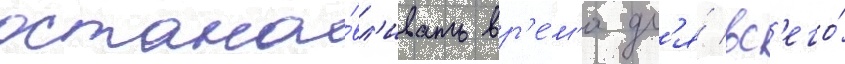
остана́вл'ивать вр'е́м'я дл'я́ вс'его́